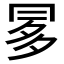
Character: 𠕝